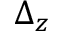
\Delta _ { z }